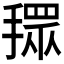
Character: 𢴞